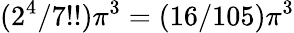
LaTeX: (2^{4}/7!!)\pi^{3}=(16/105)\pi^{3}